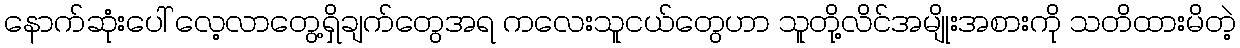
နောက်ဆုံးပေါ် လေ့လာတွေ့ရှိချက်တွေအရ ကလေးသူငယ်တွေဟာ သူတို့လိင်အမျိုးအစားကို သတိထားမိတဲ့